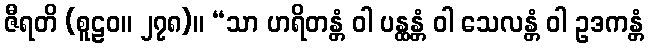
ဇီရတိ (စူဠဝ။ ၂၇၈)။ “သာ ဟရိတန္တံ ဝါ ပန္ထန္တံ ဝါ သေလန္တံ ဝါ ဥဒကန္တံ